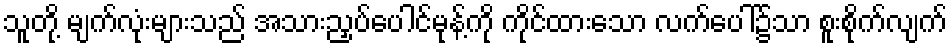
သူတို့ မျက်လုံးများသည် အသားညှပ်ပေါင်မုန့်ကို ကိုင်ထားသော လက်ပေါ်၌သာ စူးစိုက်လျက်